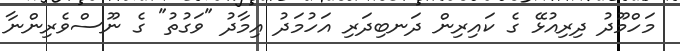
މަހްމޫދު ދިރިއުޅޭ ގެ ކައިރިން ދަނބިދަރި އަހުމަދު އިމާދު "ވަގުތު" ގެ ނޫސްވެރިންނާ